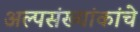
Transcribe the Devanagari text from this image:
अल्पसंख्यांकांचे